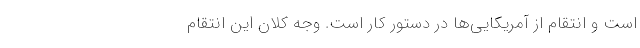
است و انتقام از آمریکایی‌ها در دستور کار است. وجه کلان این انتقام